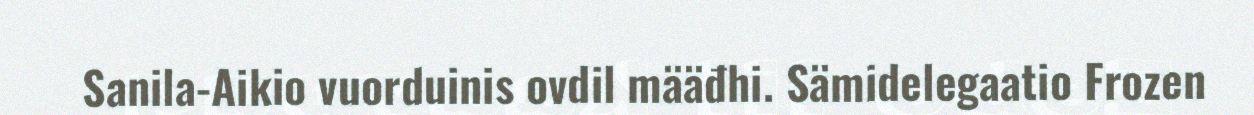
Sanila-Aikio vuorduinis ovdil määđhi. Sämidelegaatio Frozen